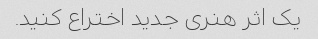
یک اثر هنری جدید اختراع کنید.